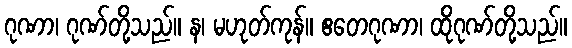
ဂုဏာ၊ ဂုဏ်တို့သည်။ န၊ မဟုတ်ကုန်။ ဧတေဂုဏာ၊ ထိုဂုဏ်တို့သည်။